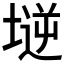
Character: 𡏤